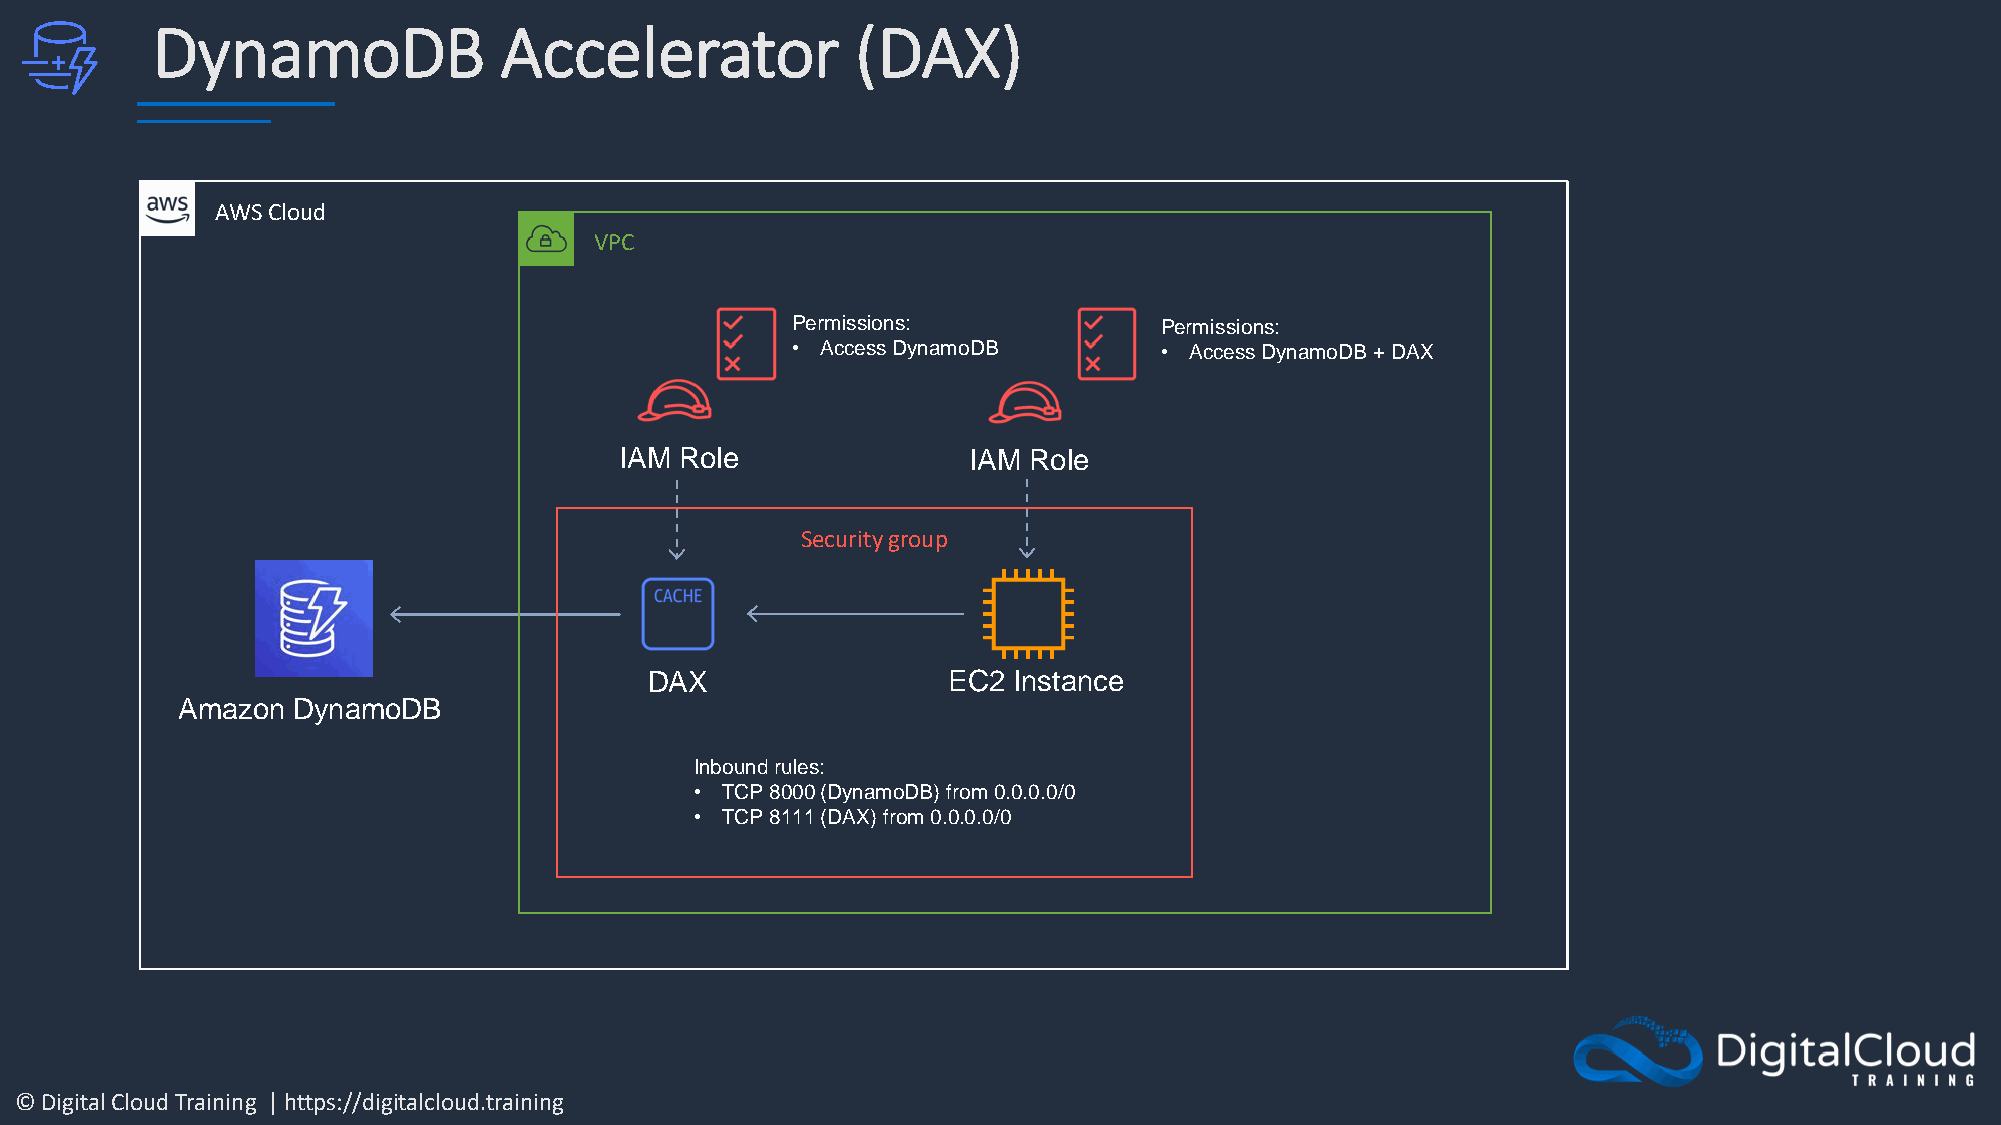
DynamoDB               Accelerator             (DAX)
 AWS Cloud
 VPC
 Permissions:             Permissions:
 • Access DynamoDB        • Access DynamoDB + DAX
 IAM Role               IAM Role
 Security group
 DAX                 EC2 Instance
 Amazon DynamoDB
 Inbound rules:
 • TCP 8000 (DynamoDB) from 0.0.0.0/0
 • TCP 8111 (DAX) from 0.0.0.0/0
 © Digital Cloud Training | https://digitalcloud.training